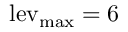
\mathrm { { l e v } _ { \mathrm { { m a x } } } } = 6